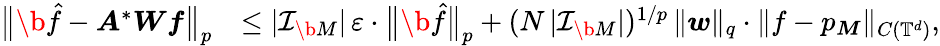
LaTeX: \begin{array}{rl}{\big\| \b{\hat{f}}-\boldsymbol A^{*}\boldsymbol W\boldsymbol f\big\| _{p}}&{\leq|\mathcal I_{\b{M}}|\, \varepsilon\cdot\big\| \b{\hat{f}}\big\| _{p}+(N\, |\mathcal I_{\b{M}}|)^{1/p}\, \| \boldsymbol w\| _{q}\cdot\| f-p_{\boldsymbol M}\| _{C(\mathbb T^{d})},}\end{array}